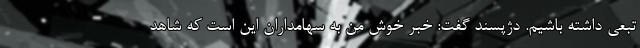
تبعی داشته باشیم. دژپسند گفت: خبر خوش من به سهامداران این است که شاهد